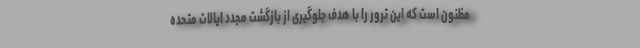
مظنون است که این ترور را با هدف جلوگیری از بازگشت مجدد ایالات متحده